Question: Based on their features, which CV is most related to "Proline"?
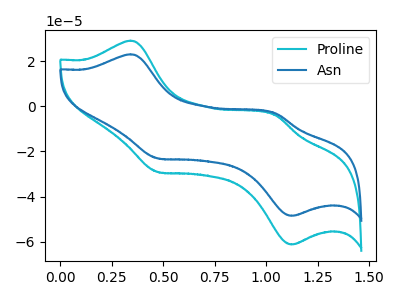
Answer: <think>The cyan curve "Proline" has anodic peaks at (0.35V, 29.10uA) (1.05V, -3.90uA) and cathodic peaks at (0.50V, -29.10uA) (1.10V, -61.20uA). The blue curve "Asn" has anodic peaks at (0.35V, 23.05uA) (1.05V, -3.05uA) and cathodic peaks at (0.50V, -23.05uA) (1.10V, -48.50uA).
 All the peaks in "Proline" have a peak in "Asn" at the same potential.</think>
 <answer>The CV with the most similar shape to "Asn" is "Proline".</answer>
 <eval>"Proline"</eval>